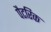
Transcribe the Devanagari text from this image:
पैटरिक